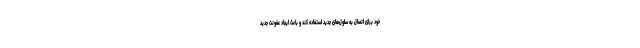
خود برای اتصال به سلول‌های جدید استفاده کند و باعث ایجاد عفونت جدید